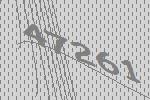
47261